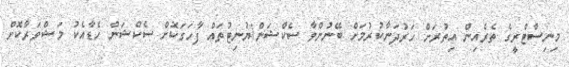
މިނިސްޓްރީގެ ތެރެއިން އިތުރަށް ހަރުދަނާކުރުމަށް ބޭނުންވާ ސެކްޝަން/ޔުނިޓުތައް ފާހަގަކޮށް ސެކްޝަން ހެޑާއެކު މަޝްވަރާކޮށް